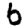
Digit: 6